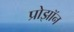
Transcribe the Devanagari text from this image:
प्रोझॉन